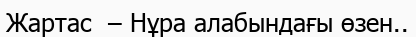
Жартас  – Нұра алабындағы өзен..